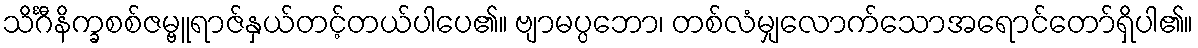
သိင်္ဂီနိက္ခစစ်ဇမ္ဗူရာဇ်နှယ်တင့်တယ်ပါပေ၏။ ဗျာမပ္ပဘော၊ တစ်လံမျှလောက်သောအရောင်တော်ရှိပါ၏။